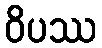
ဝိပဿ